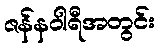
ဇန်နဝါရီအတွင်း